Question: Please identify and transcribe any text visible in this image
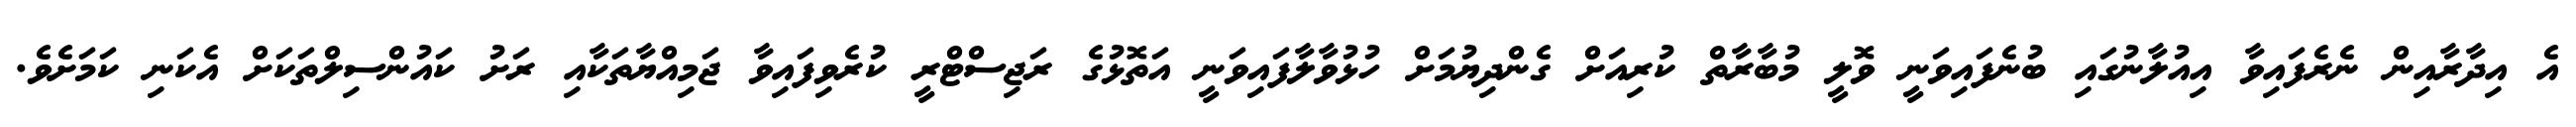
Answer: އެ އިދާރާއިން ނެރެފައިވާ އިއުލާނުގައި ބުނެފައިވަނީ ވޮލީ މުބާރާތް ކުރިއަށް ގެންދިޔުމަށް ހުޅުވާލާފައިވަނީ އަތޮޅުގެ ރަޖިސްޓްރީ ކުރެވިފައިވާ ޖަމިއްޔާތަކާއި ރަށު ކައުންސިލްތަކަށް އެކަނި ކަމަށެވެ.